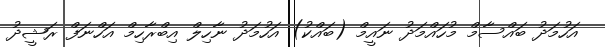
އަހުމަދު ބައްސާމް މުހައްމަދު ނައީމް (ބައްކު) އަހުމަދު ނާހިލް އިބްރާހިމް އަހްނަފް ރަޝީދު